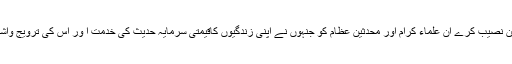
اللہ کروٹ کروٹ چین نصیب کرے ان علماء کرام اور محدثین عظام کو جنہوں نے اپنی زندگیوں کاقیمتی سرمایہ حدیث کی خدمت ا ور اس کی ترویج واشاعت میں صرف کیا۔